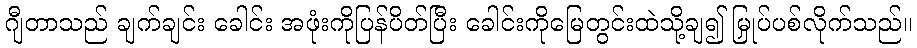
ဂျီတာသည် ချက်ချင်း ခေါင်း အဖုံးကိုပြန်ပိတ်ပြီး ခေါင်းကိုမြေတွင်းထဲသို့ချ၍ မြှုပ်ပစ်လိုက်သည်။